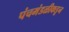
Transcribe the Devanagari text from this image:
पंचमंडळीकडून